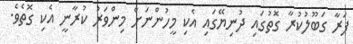
ފަރާ ގަބޫލުކުރާ ގޮތުގައި ދުނިޔޭގައި އެކި މީހުންނަށް މިންވަރު ކުރާނީ އެކި ގޮތެވެ.